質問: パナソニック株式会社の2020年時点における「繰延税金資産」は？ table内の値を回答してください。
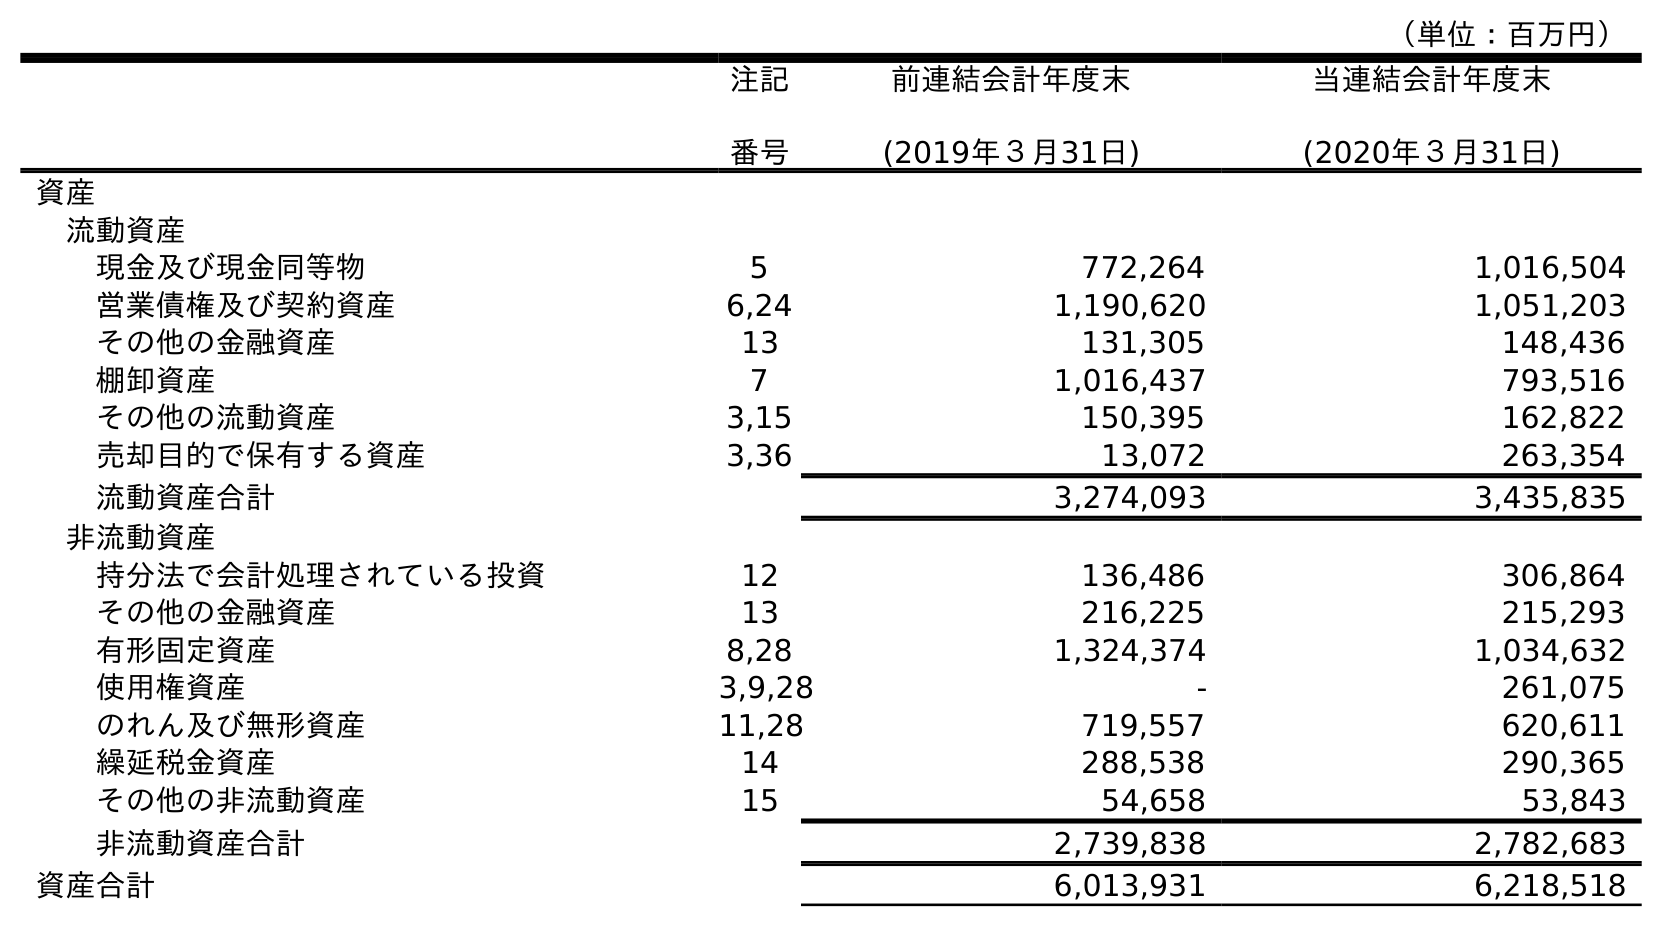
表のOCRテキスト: （単位：百万円） 注記 番号 前連結会計年度末 (2019年３月31日) 当連結会計年度末 (2020年３月31日) 資産 流動資産 現金及び現金同等物 5 772,264 1,016,504 営業債権及び契約資産 6,24 1,190,620 1,051,203 その他の金融資産 13 131,305 148,436 棚卸資産 7 1,016,437 793,516 その他の流動資産 3,15 150,395 162,822 売却目的で保有する資産 3,36 13,072 263,354 流動資産合計 3,274,093 3,435,835 非流動資産 持分法で会計処理されている投資 12 136,486 306,864 その他の金融資産 13 216,225 215,293 有形固定資産 8,28 1,324,374 1,034,632 使用権資産 3,9,28 - 261,075 のれん及び無形資産 11,28 719,557 620,611 繰延税金資産 14 288,538 290,365 その他の非流動資産 15 54,658 53,843 非流動資産合計 2,739,838 2,782,683 資産合計 6,013,931 6,218,518
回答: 290,365